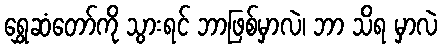
ရွှေဆံတော်ကို သွားရင် ဘာဖြစ်မှာလဲ၊ ဘာ သိရ မှာလဲ